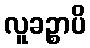
လူခဉ္စာပိ